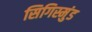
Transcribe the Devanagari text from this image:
सिगिस्मुंड